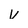
Character: v